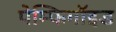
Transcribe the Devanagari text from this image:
पेम्फिगॉइड